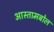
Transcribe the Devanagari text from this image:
आस्तामबोल